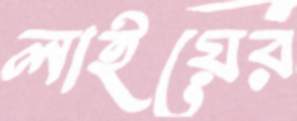
লাইয়ের